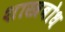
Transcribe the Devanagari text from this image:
शास्त्रबोध